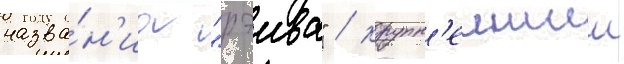
назва́н'иа "рэива" / крупн'еишии